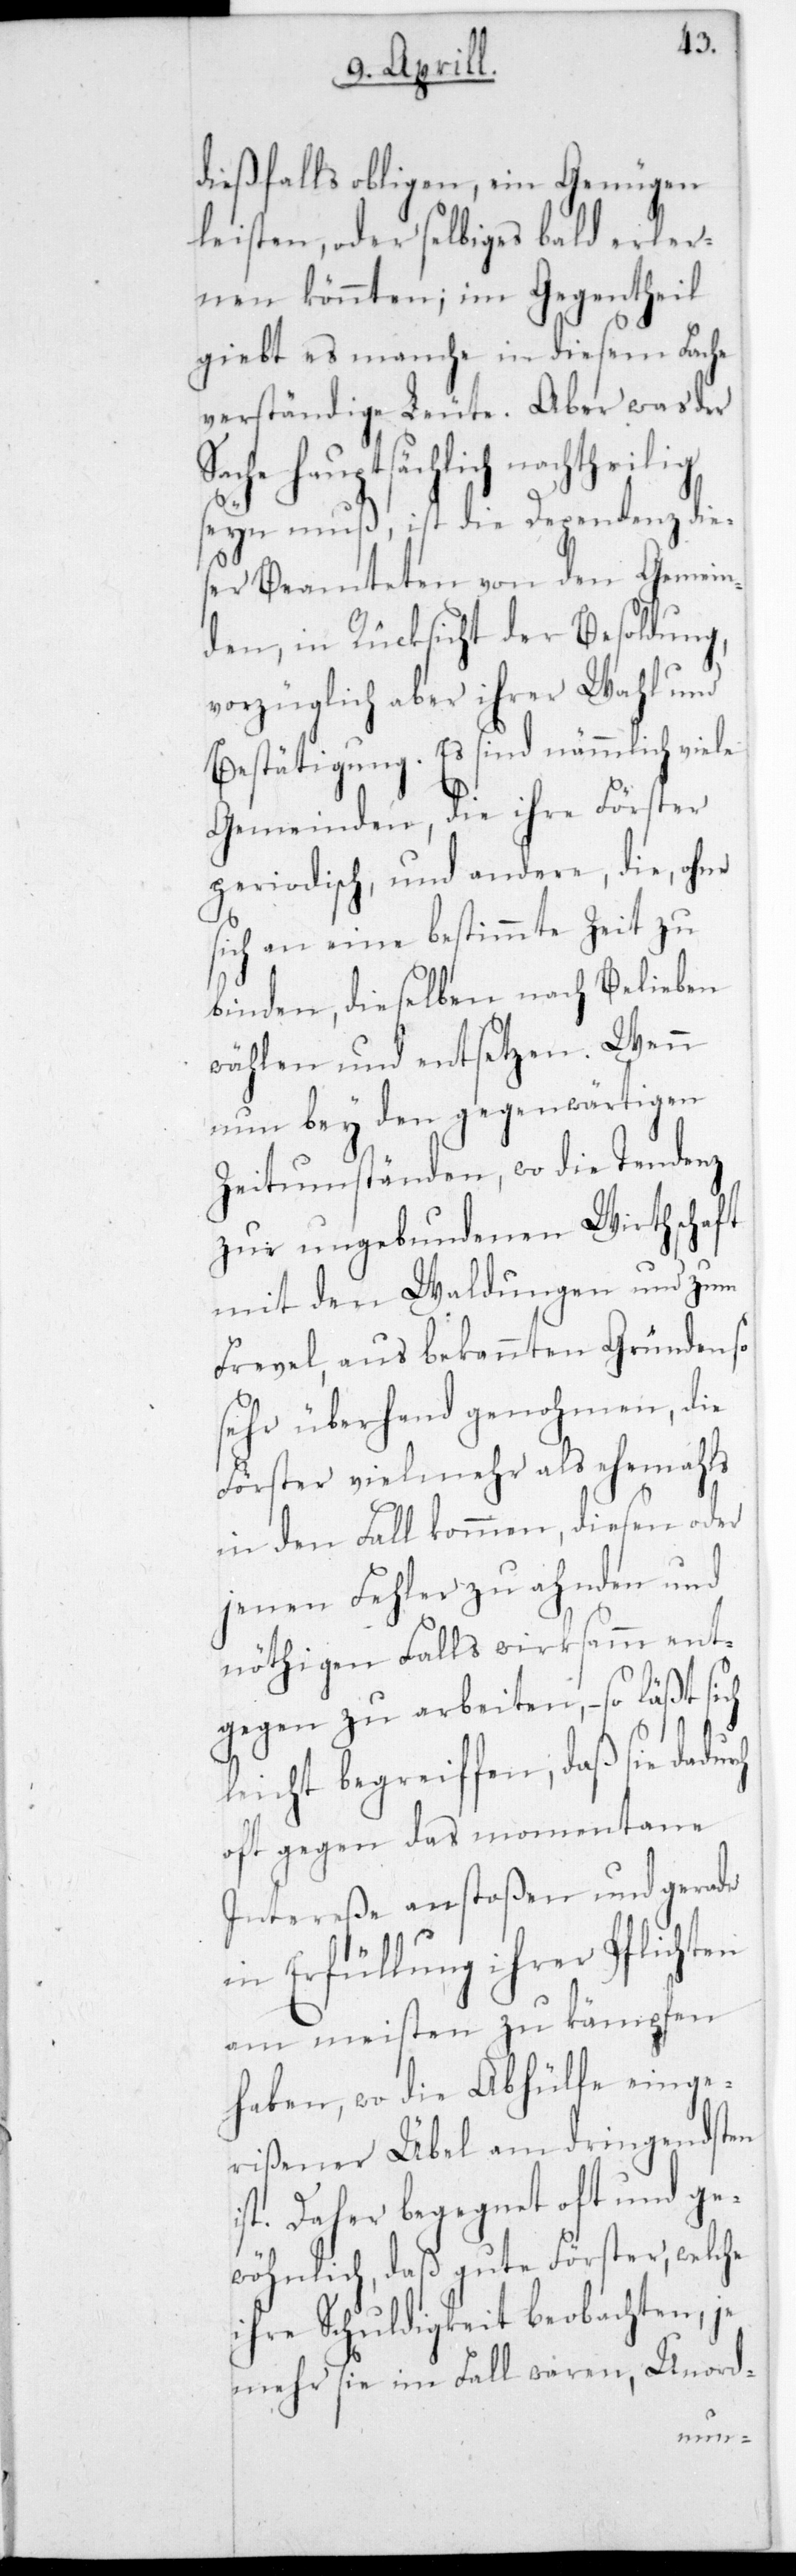
i¬
dießfalls obliegen, ein Genügen
leisten, oder selbiges bald erler¬
nen könnten; im Gegentheil
gibt es manche in diesem Fache
verständige Leute. Aber was der
Sache hauptsächlich nachtheilig
sein muß, ist die Dependenz dies¬
es Beamteten von den Gemein¬
den, in Rücksicht der Besoldung,
vorzüglich aber ihrer Wahl und
Bestätigung. Es sind nämmlich viele
Gemeinden, die ihre Förster
periodisch und andere, die ohne
sich an eine bestimmte Zeit zu
binden, dieselben nach Belieben
wählen und entsetzen. Wenn
nun bey den gegenwärtigen
Zeitumständen, wo die Tendenz
zur ungebundenen Wirthschaft
mit den Waldungen und zum
Frevel, aus bekannten Gründen so
sehr überhand genohmen, die
Förster vielmehr als ehemals
in den Fall kommen, diesen oder
jenen Fehler zu ahnden und
nöthigen Falls wirksamm ent¬
gegen zu arbeiten, – so läßt sich
leicht begreiffen, daß sie
oft gegen das momentane
Intereße anstoßen und gerade
in Erfüllung ihrer Pflichten
am meisten zu kämpfen
haben, wo die Abhülfe einge¬
rißener Übel am dringendsten
st. Daher begegnet oft und ge¬
wöhnlich, daß gute Förster, welche
ihre Schuldigkeit beobachten, je
mehr sie im Fall wären, Unord-